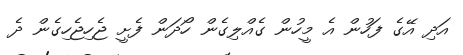
އަދި އޭގެ ފަހުން އެ މީހުން ގެއްލިގެން ހޯދަން ފެށީ ޖެހިޖެހިގެން ދެ